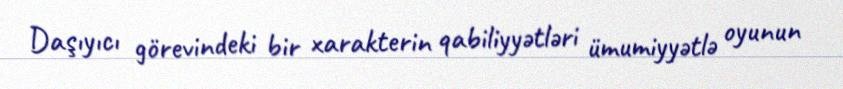
Daşıyıcı görevindeki bir xarakterin qabiliyyətləri ümumiyyətlə oyunun